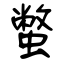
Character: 蟞